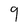
Character: 9